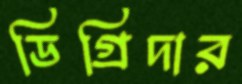
ডিগ্রিদার